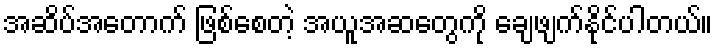
အဆိပ်အတောက် ဖြစ်စေတဲ့ အယူအဆတွေကို ချေဖျက်နိုင်ပါတယ်။